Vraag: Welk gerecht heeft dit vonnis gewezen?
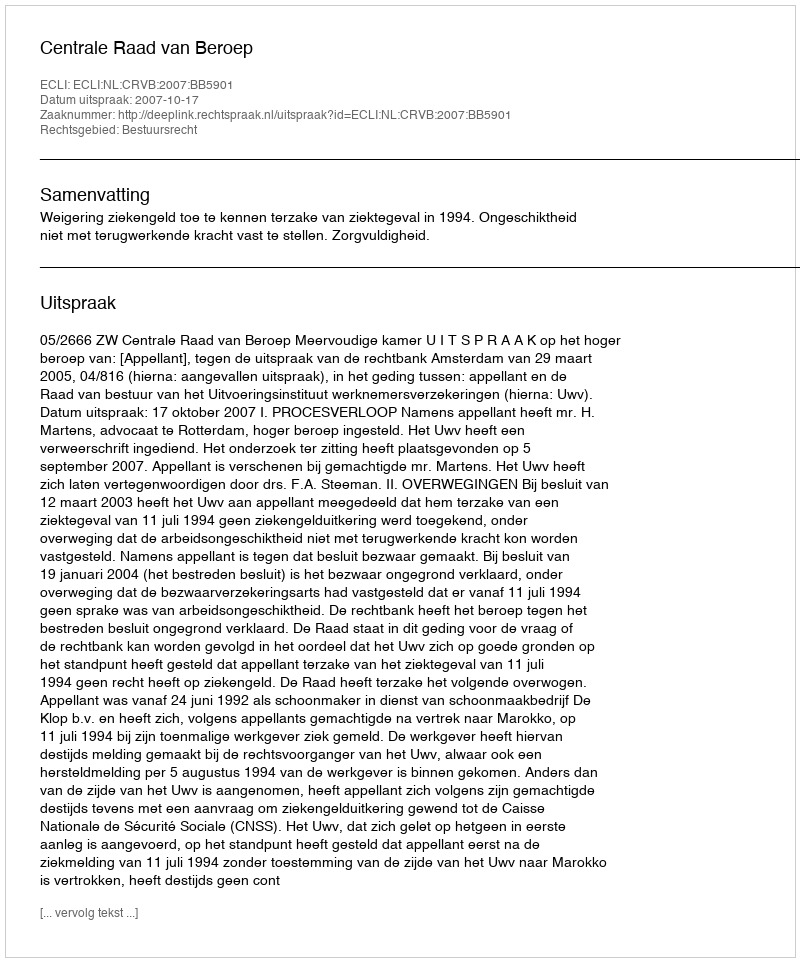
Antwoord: Centrale Raad van Beroep